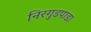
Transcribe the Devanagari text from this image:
निरगुडपाडा